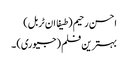
احسن رحیم (طیفا ان ٹربل)
بہترین فلم (جیوری) ۔